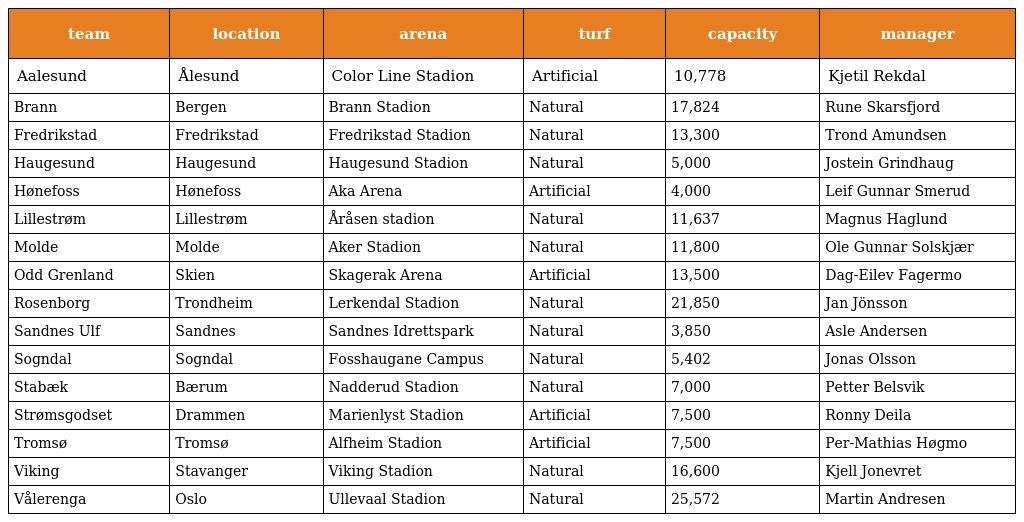
| team | location | arena | turf | capacity | manager |
 | --- | --- | --- | --- | --- | --- |
 | Aalesund | Ålesund | Color Line Stadion | Artificial | 10,778 | Kjetil Rekdal |
 | Brann | Bergen | Brann Stadion | Natural | 17,824 | Rune Skarsfjord |
 | Fredrikstad | Fredrikstad | Fredrikstad Stadion | Natural | 13,300 | Trond Amundsen |
 | Haugesund | Haugesund | Haugesund Stadion | Natural | 5,000 | Jostein Grindhaug |
 | Hønefoss | Hønefoss | Aka Arena | Artificial | 4,000 | Leif Gunnar Smerud |
 | Lillestrøm | Lillestrøm | Åråsen stadion | Natural | 11,637 | Magnus Haglund |
 | Molde | Molde | Aker Stadion | Natural | 11,800 | Ole Gunnar Solskjær |
 | Odd Grenland | Skien | Skagerak Arena | Artificial | 13,500 | Dag-Eilev Fagermo |
 | Rosenborg | Trondheim | Lerkendal Stadion | Natural | 21,850 | Jan Jönsson |
 | Sandnes Ulf | Sandnes | Sandnes Idrettspark | Natural | 3,850 | Asle Andersen |
 | Sogndal | Sogndal | Fosshaugane Campus | Natural | 5,402 | Jonas Olsson |
 | Stabæk | Bærum | Nadderud Stadion | Natural | 7,000 | Petter Belsvik |
 | Strømsgodset | Drammen | Marienlyst Stadion | Artificial | 7,500 | Ronny Deila |
 | Tromsø | Tromsø | Alfheim Stadion | Artificial | 7,500 | Per-Mathias Høgmo |
 | Viking | Stavanger | Viking Stadion | Natural | 16,600 | Kjell Jonevret |
 | Vålerenga | Oslo | Ullevaal Stadion | Natural | 25,572 | Martin Andresen |